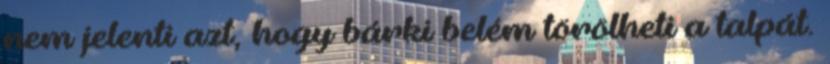
nem jelenti azt, hogy bárki belém törölheti a talpát.